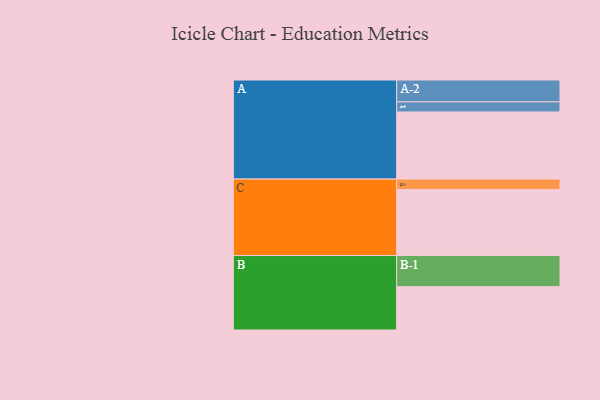
{"axis": {"x": "Segment", "y": "Value"}, "legend": ["", "A", "B", "C"], "data": [{"x": "A", "y": 584, "type": ""}, {"x": "B", "y": 377, "type": ""}, {"x": "C", "y": 575, "type": ""}, {"x": "A-1", "y": 88, "type": "A"}, {"x": "A-2", "y": 190, "type": "A"}, {"x": "B-1", "y": 271, "type": "B"}, {"x": "C-1", "y": 90, "type": "C"}]}